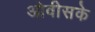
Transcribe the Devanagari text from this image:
ओवीसके